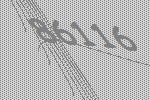
86116